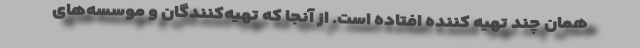
همان چند تهیه کننده افتاده است. از آنجا که تهیه‌کنندگان و موسسه‌های